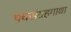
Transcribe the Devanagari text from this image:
पंचसंग्रहगाथा